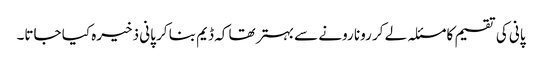
پانی کی تقسیم کا مسئلہ لے کر رونا رونے سے بہتر تھا کہ ڈیم بنا کر پانی ذخیرہ کیا جاتا۔